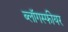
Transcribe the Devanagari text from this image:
ब्लॉगस्फीयर